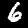
Label: 6